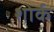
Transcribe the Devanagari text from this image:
शोर्क